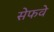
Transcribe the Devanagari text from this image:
सेफवे